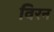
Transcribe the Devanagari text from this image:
विरन